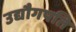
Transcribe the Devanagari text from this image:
उद्यौगपति